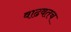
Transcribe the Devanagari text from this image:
वाढवतच